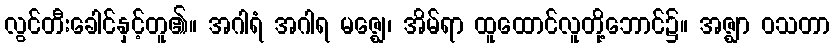
လွင်တီးခေါင်နှင့်တူ၏။ အဂါရံ အဂါရ မဇ္ဈေ၊ အိမ်ရာ ထူထောင်လူတို့ဘောင်၌။ အဇ္ဈာ ဝသတာ